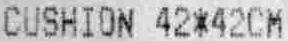
CUSHION 42*42CM